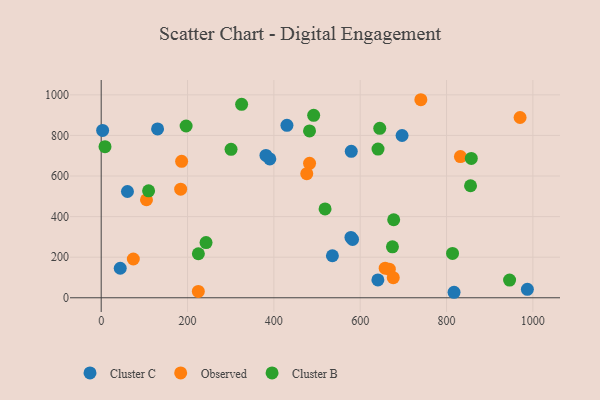
{"axis": {"x": "Experience", "y": "Fuel Efficiency"}, "legend": ["Cluster B", "Cluster C", "Observed"], "data": [{"x": "641.0", "y": 88.0, "type": "Cluster C"}, {"x": "535.6", "y": 207.2, "type": "Cluster C"}, {"x": "44.1", "y": 145.4, "type": "Cluster C"}, {"x": "390.6", "y": 684.2, "type": "Cluster C"}, {"x": "987.3", "y": 41.8, "type": "Cluster C"}, {"x": "817.4", "y": 27.1, "type": "Cluster C"}, {"x": "697.0", "y": 799.6, "type": "Cluster C"}, {"x": "430.3", "y": 849.9, "type": "Cluster C"}, {"x": "578.6", "y": 297.5, "type": "Cluster C"}, {"x": "579.3", "y": 721.5, "type": "Cluster C"}, {"x": "60.8", "y": 523.6, "type": "Cluster C"}, {"x": "381.7", "y": 701.3, "type": "Cluster C"}, {"x": "130.6", "y": 832.0, "type": "Cluster C"}, {"x": "582.3", "y": 287.5, "type": "Cluster C"}, {"x": "3.3", "y": 824.8, "type": "Cluster C"}, {"x": "667.5", "y": 140.7, "type": "Observed"}, {"x": "184.1", "y": 534.9, "type": "Observed"}, {"x": "657.9", "y": 145.9, "type": "Observed"}, {"x": "482.7", "y": 662.6, "type": "Observed"}, {"x": "74.4", "y": 191.0, "type": "Observed"}, {"x": "225.0", "y": 31.2, "type": "Observed"}, {"x": "970.4", "y": 888.3, "type": "Observed"}, {"x": "740.5", "y": 975.9, "type": "Observed"}, {"x": "104.9", "y": 483.1, "type": "Observed"}, {"x": "832.2", "y": 696.0, "type": "Observed"}, {"x": "186.3", "y": 672.3, "type": "Observed"}, {"x": "476.2", "y": 611.5, "type": "Observed"}, {"x": "676.6", "y": 99.0, "type": "Observed"}, {"x": "857.4", "y": 686.5, "type": "Cluster B"}, {"x": "242.9", "y": 272.1, "type": "Cluster B"}, {"x": "946.1", "y": 87.3, "type": "Cluster B"}, {"x": "109.8", "y": 526.9, "type": "Cluster B"}, {"x": "813.9", "y": 218.5, "type": "Cluster B"}, {"x": "492.2", "y": 898.9, "type": "Cluster B"}, {"x": "645.3", "y": 835.1, "type": "Cluster B"}, {"x": "225.1", "y": 217.0, "type": "Cluster B"}, {"x": "300.8", "y": 731.7, "type": "Cluster B"}, {"x": "196.7", "y": 846.4, "type": "Cluster B"}, {"x": "641.3", "y": 732.9, "type": "Cluster B"}, {"x": "482.6", "y": 822.2, "type": "Cluster B"}, {"x": "674.7", "y": 251.0, "type": "Cluster B"}, {"x": "325.3", "y": 953.0, "type": "Cluster B"}, {"x": "518.6", "y": 437.7, "type": "Cluster B"}, {"x": "855.6", "y": 552.0, "type": "Cluster B"}, {"x": "677.6", "y": 384.5, "type": "Cluster B"}, {"x": "8.8", "y": 744.5, "type": "Cluster B"}]}